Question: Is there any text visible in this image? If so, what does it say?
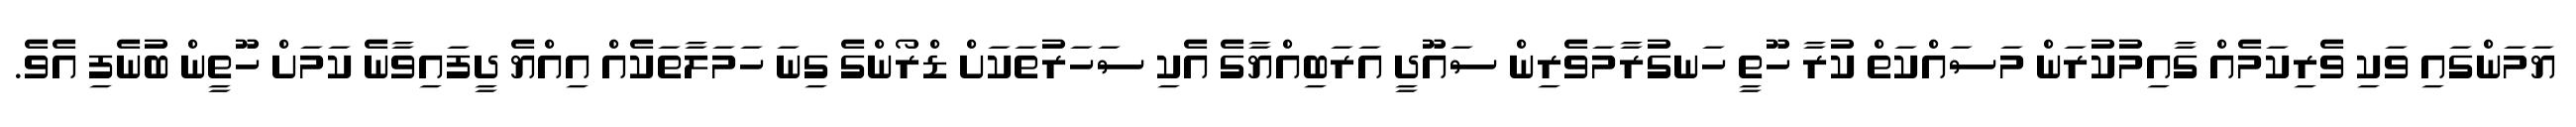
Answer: ޔަމަންގައި ވަކި ވެރިކަމެއް ގާއިމުކުރަން މަސައްކަތް ކުރާ ހޫތީ ހަނގުރާމަވެރިން ސައޫދީ އަރަބިއްޔާގެ އެކި ސަހަރުތަކަށް ޑްރޯންގެ ގިނަ ހަމަލާތަކެއް އިއްޔެ ދީފައިވާނެ ކަމަށް ހޫތީން ބުނެފި އެވެ.